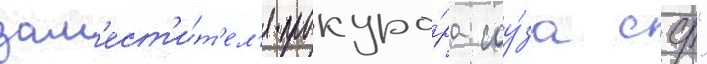
зам'ест'и́т'ел'я прокуро́ра соу́за сср"